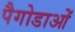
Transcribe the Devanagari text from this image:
पैगोडाओं